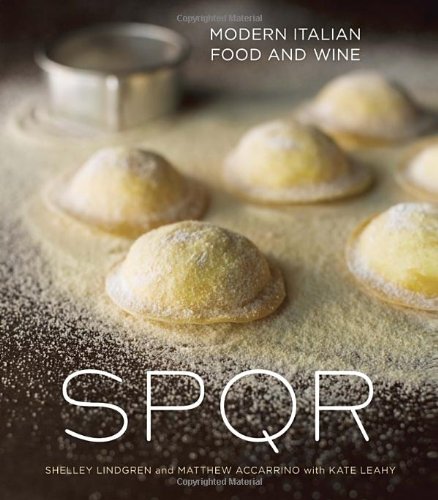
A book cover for SPQR: Modern Italian Food and Wine; Shelley Lindgren; Cookbooks, Food & Wine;